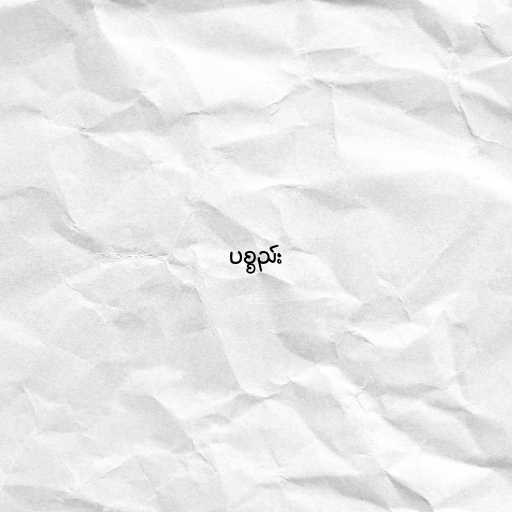
ပစ္စည်း